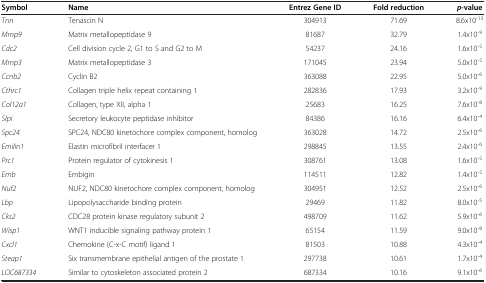
| Symbol | Name | Entrez Gene ID | Fold reduction | p-value |
 | --- | --- | --- | --- | --- |
 | Tnn | Tenascin N | 304913 | 71.69 | 8.6x10-13 |
 | Mmp9 | Matrix metallopeptidase 9 | 81687 | 32.79 | 1.4x10-9 |
 | Cdc2 | Cell division cycle 2, G1 to S and G2 to M | 54237 | 24.16 | 1.6x10-5 |
 | Mmp3 | Matrix metallopeptidase 3 | 171045 | 23.94 | 5.0x10-5 |
 | Ccnb2 | Cyclin B2 | 363088 | 22.95 | 5.0x10-6 |
 | Cthrc1 | Collagen triple helix repeat containing 1 | 282836 | 17.93 | 3.2x10-9 |
 | Col12a1 | Collagen, type XII, alpha 1 | 25683 | 16.25 | 7.6x10-8 |
 | Slpi | Secretory leukocyte peptidase inhibitor | 84386 | 16.16 | 6.4x10-4 |
 | Spc24 | SPC24, NDC80 kinetochore complex component, homolog | 363028 | 14.72 | 2.5x10-6 |
 | Emilin1 | Elastin microfibril interfacer 1 | 298845 | 13.55 | 2.4x10-6 |
 | Prc1 | Protein regulator of cytokinesis 1 | 308761 | 13.08 | 1.6x10-5 |
 | Emb | Embigin | 114511 | 12.82 | 1.4x10-5 |
 | Nuf2 | NUF2, NDC80 kinetochore complex component, homolog | 304951 | 12.52 | 2.5x10-6 |
 | Lbp | Lipopolysaccharide binding protein | 29469 | 11.82 | 8.0x10-5 |
 | Cks2 | CDC28 protein kinase regulatory subunit 2 | 498709 | 11.62 | 5.9x10-6 |
 | Wisp1 | WNT1 inducible signaling pathway protein 1 | 65154 | 11.59 | 9.0x10-8 |
 | Cxcl1 | Chemokine (C-x-C motif) ligand 1 | 81503 | 10.88 | 4.3x10-4 |
 | Steap1 | Six transmembrane epithelial antigen of the prostate 1 | 297738 | 10.61 | 1.7x10-4 |
 | LOC687334 | Similar to cytoskeleton associated protein 2 | 687334 | 10.16 | 9.1x10-6 |